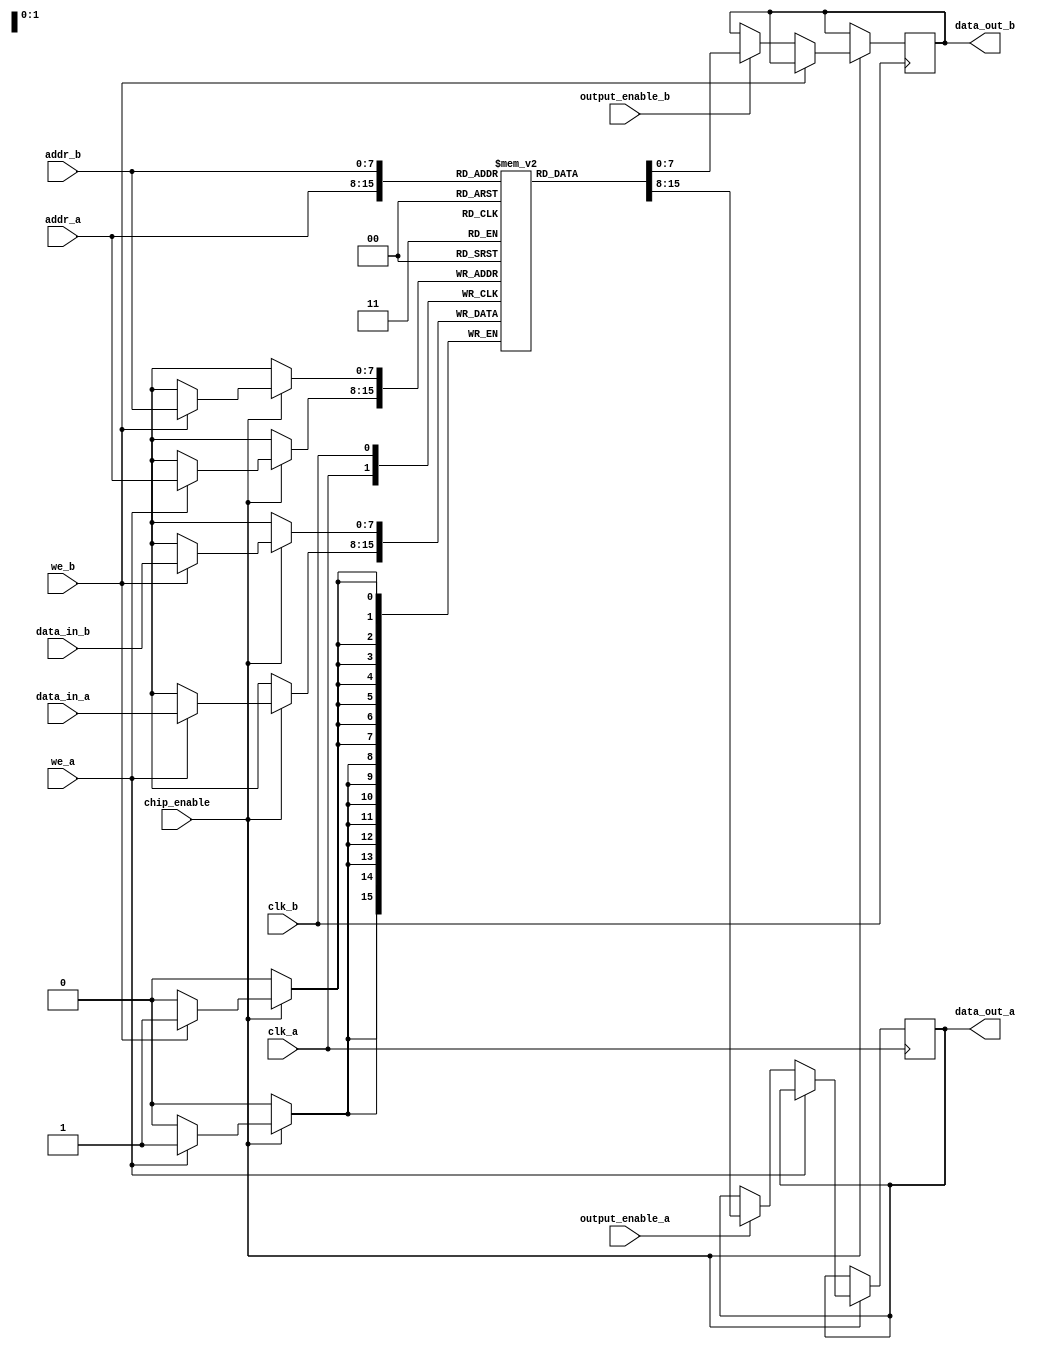
module dual_port_sram (
    input wire clk_a,
    input wire clk_b,
    input wire we_a,          // Write enable for Port A
    input wire we_b,          // Write enable for Port B
    input wire chip_enable,    // Chip enable
    input wire output_enable_a, // Output enable for Port A
    input wire output_enable_b, // Output enable for Port B
    input wire [7:0] addr_a,   // Address for Port A
    input wire [7:0] addr_b,   // Address for Port B
    input wire [7:0] data_in_a, // Data input for Port A
    input wire [7:0] data_in_b, // Data input for Port B
    output reg [7:0] data_out_a, // Data output for Port A
    output reg [7:0] data_out_b  // Data output for Port B
);
    
    // Memory array: 256 x 8 bits
    reg [7:0] memory_array [0:255];

    // Initialization: Set all bits to zero
    integer i;
    initial begin
        for (i = 0; i < 256; i = i + 1) begin
            memory_array[i] = 8'b0;
        end
    end

    // Port A operations
    always @(posedge clk_a) begin
        if (chip_enable) begin
            if (we_a) begin
                // Write operation for Port A
                memory_array[addr_a] <= data_in_a;
            end else begin
                // Read operation for Port A
                if (output_enable_a) begin
                    data_out_a <= memory_array[addr_a];
                end
            end
        end
    end

    // Port B operations
    always @(posedge clk_b) begin
        if (chip_enable) begin
            if (we_b) begin
                // Write operation for Port B
                memory_array[addr_b] <= data_in_b;
            end else begin
                // Read operation for Port B
                if (output_enable_b) begin
                    data_out_b <= memory_array[addr_b];
                end
            end
        end
    end

endmodule